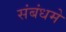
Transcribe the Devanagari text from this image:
संबंधमे